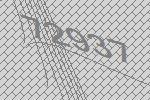
72937